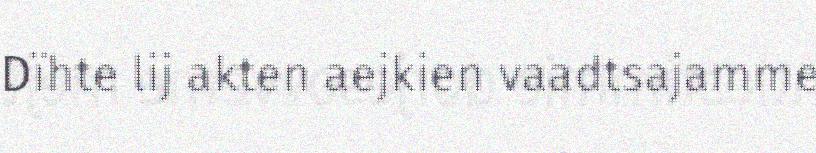
Dïhte lij akten aejkien vaadtsajamme